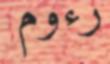
رءوم